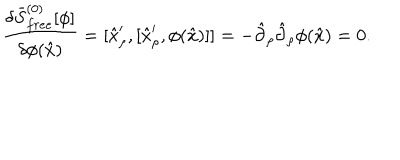
{ \frac { \delta \bar { S } _ { f r e e } ^ { ( 0 ) } [ \phi ] } { \delta \phi ( \hat { x } ) } } = [ \hat { x } _ { \rho } ^ { \prime } , [ \hat { x } _ { \rho } ^ { \prime } , \phi ( \hat { x } ) ] ] = - \hat { \partial } _ { \rho } \hat { \partial } _ { \rho } \phi ( \hat { x } ) = 0 .